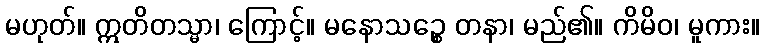
မဟုတ်။ ဣတိတသ္မာ၊ ကြောင့်။ မနောသဉ္စေ တနာ၊ မည်၏။ ကိမိဝ၊ မူကား။